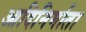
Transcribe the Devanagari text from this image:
आदिनिर्माता